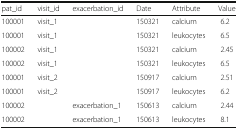
<table><thead><tr><td><b>pat_id</b></td><td><b>visit_id</b></td><td><b>exacerbation_id</b></td><td><b>Date</b></td><td><b>Attribute</b></td><td><b>Value</b></td></tr></thead><tbody><tr><td>100001</td><td>visit_1</td><td></td><td>150321</td><td>calcium</td><td>6.2</td></tr><tr><td>100001</td><td>visit_1</td><td></td><td>150321</td><td>leukocytes</td><td>6.5</td></tr><tr><td>100002</td><td>visit_1</td><td></td><td>150321</td><td>calcium</td><td>2.45</td></tr><tr><td>100002</td><td>visit_1</td><td></td><td>150321</td><td>leukocytes</td><td>6.5</td></tr><tr><td>100001</td><td>visit_2</td><td></td><td>150917</td><td>calcium</td><td>2.51</td></tr><tr><td>100001</td><td>visit_2</td><td></td><td>150917</td><td>leukocytes</td><td>6.2</td></tr><tr><td>100002</td><td></td><td>exacerbation_1</td><td>150613</td><td>calcium</td><td>2.44</td></tr><tr><td>100002</td><td></td><td>exacerbation_1</td><td>150613</td><td>leukocytes</td><td>8.1</td></tr></tbody></table>